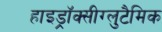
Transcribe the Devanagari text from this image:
हाइड्रॉक्सीग्लुटैमिक